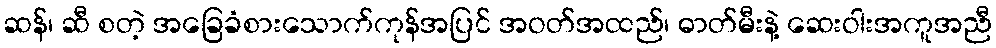
ဆန်၊ ဆီ စတဲ့ အခြေခံစားသောက်ကုန်အပြင် အဝတ်အထည်၊ ဓာတ်မီးနဲ့ ဆေးဝါးအကူအညီ